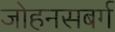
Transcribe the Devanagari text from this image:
जोहनसबर्ग